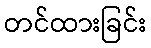
တင်ထားခြင်း